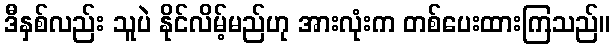
ဒီနှစ်လည်း သူပဲ နိုင်လိမ့်မည်ဟု အားလုံးက တစ်ပေးထားကြသည်။